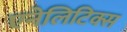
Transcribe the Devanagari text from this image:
एनेलिटिक्स